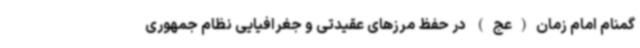
گمنام امام زمان(عج) در حفظ مرزهای عقیدتی و جغرافیایی نظام جمهوری